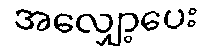
အလျှော့ပေး